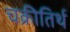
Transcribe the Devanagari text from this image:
चक्रीतिर्थ